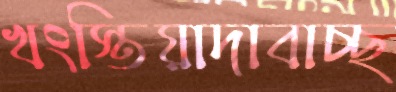
খংস্তিয়াদাবাচ্ছ